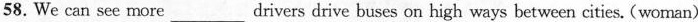
58.We can see more___drivers drive buses on high ways between cities. (woman)